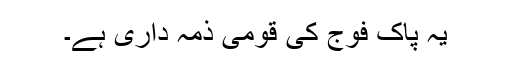
یہ پاک فوج کی قومی ذمہ داری ہے۔